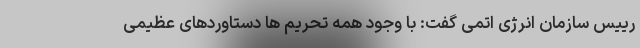
رییس سازمان انرژی اتمی گفت: با وجود همه تحریم ها دستاوردهای عظیمی